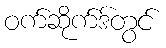
ဝက်ဆိုက်ဒ်တွင်